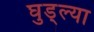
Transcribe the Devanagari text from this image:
घुड्ल्या